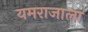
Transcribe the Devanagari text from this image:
यमराजाला